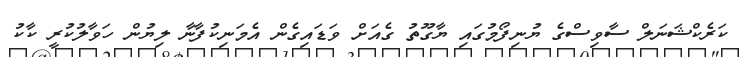
ކަރެކްޝަނަލް ސާވިސްގެ ޔުނިފޯމުގައި ޔާގޫތު ގެއަށް ވަޑައިގެން އެމަނިކުފާނާ ލިޔުން ހަވާލުކުރީ ކާކު